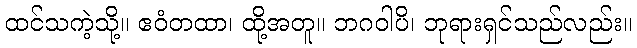
ထင်သကဲ့သို့။ ဧဝံတထာ၊ ထို့အတူ။ ဘဂဝါပိ၊ ဘုရားရှင်သည်လည်း။